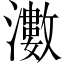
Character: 𱩵